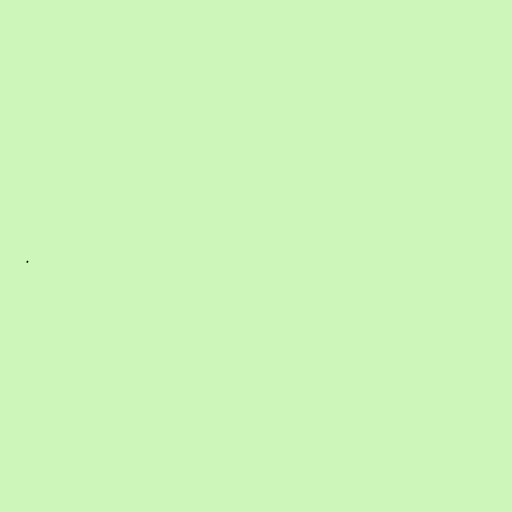
.